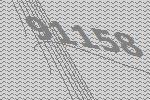
91158